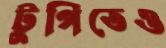
টুপিতেও